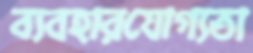
ব্যবহারযোগ্যতা